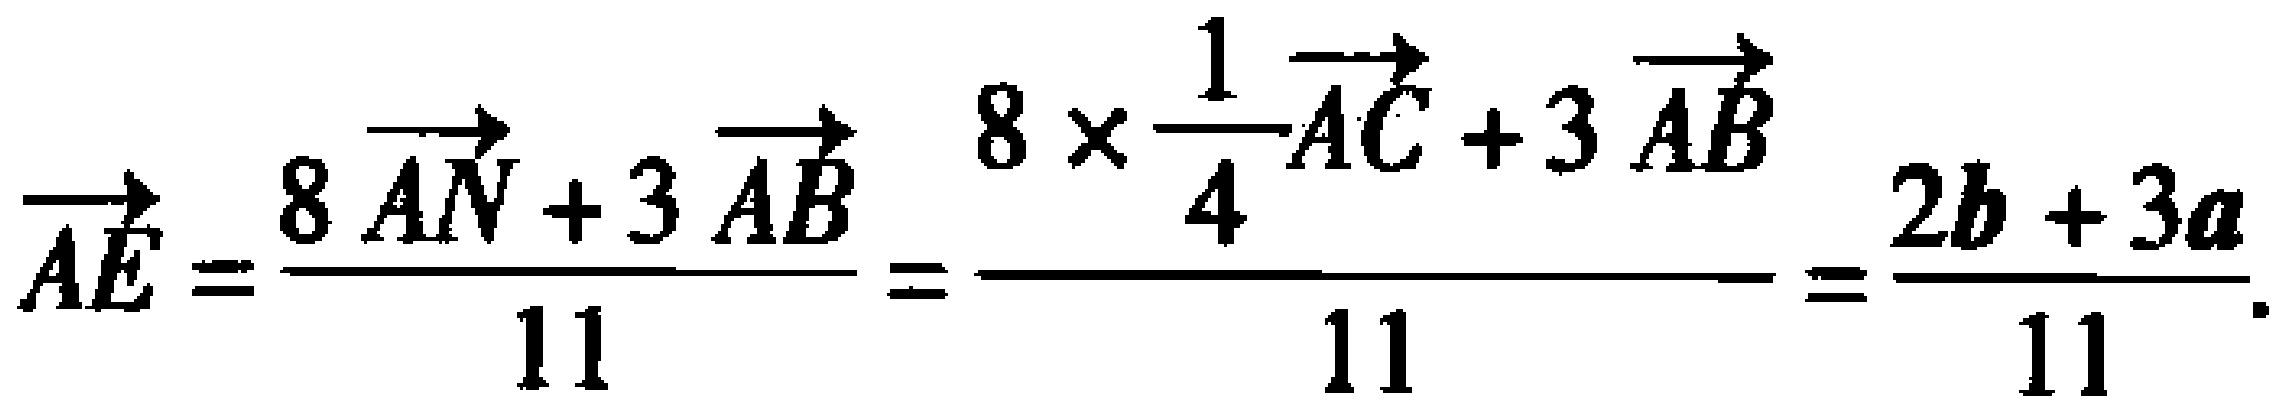
\(\overrightarrow{AE}=\frac{8\overrightarrow{AN}+3\overrightarrow{AB}}{11}=\frac{8\times\frac{1}{4}\overrightarrow{AC}+3\overrightarrow{AB}}{11}=\frac{2\boldsymbol{b}+3\boldsymbol{a}}{11}\)